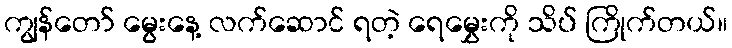
ကျွန်တော် မွေးနေ့ လက်ဆောင် ရတဲ့ ရေမွှေးကို သိပ် ကြိုက်တယ်။